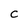
Character: C